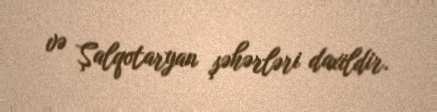
və Şalqotaryan şəhərləri daxildir.